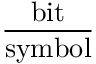
\frac { \mathrm { b i t } } { \mathrm { s y m b o l } }